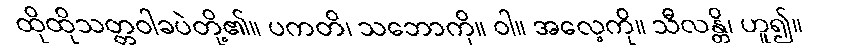
ထိုထိုသတ္တဝါခပဲတို့၏။ ပကတိ၊ သဘောကို။ ဝါ။ အလေ့ကို။ သီလန္တိ၊ ဟူ၍။